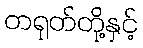
တရုတ်တို့နှင့်